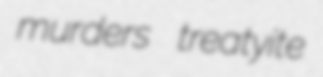
murders treatyite